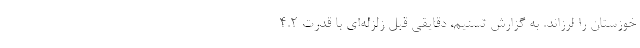
خوزستان را لرزاند. به گزارش تسنیم، دقایقی قبل زلزله‌ای با قدرت 4.2